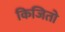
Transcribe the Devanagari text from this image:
किजितो